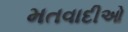
મતવાદીઓ